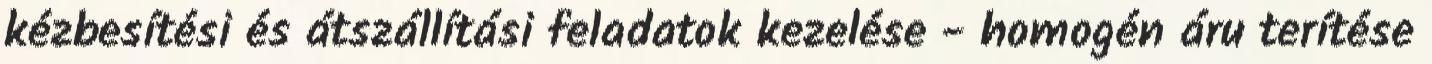
kézbesítési és átszállítási feladatok kezelése - homogén áru terítése